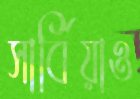
সার্বিয়াও